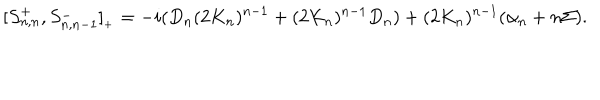
[ S _ { n , n } ^ { + } , S _ { n , n - 1 } ^ { - } ] _ { { } _ { + } } = - i ( D _ { n } ( 2 K _ { n } ) ^ { n - 1 } + ( 2 K _ { n } ) ^ { n - 1 } D _ { n } ) + ( 2 K _ { n } ) ^ { n - 1 } ( \alpha _ { n } + n \Sigma ) .